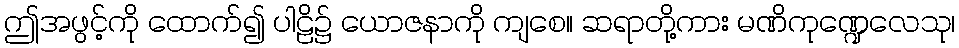
ဤအဖွင့်ကို ထောက်၍ ပါဠိ၌ ယောဇနာကို ကျစေ။ ဆရာတို့ကား မဏိကုဏ္ဍေလေသု၊